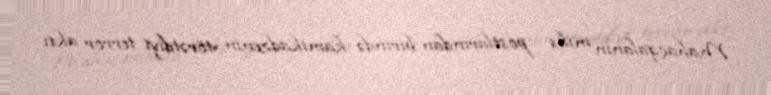
Mahaçqalanın milis postlarından birində kamikadzenin törətdiyi terror aktı